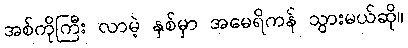
အစ်ကိုကြီး လာမဲ့ နှစ်မှာ အမေရိကန် သွားမယ်ဆို။